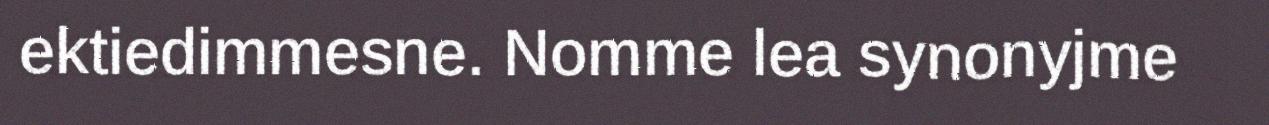
ektiedimmesne. Nomme lea synonyjme